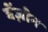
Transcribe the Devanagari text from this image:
बेंज़ोन